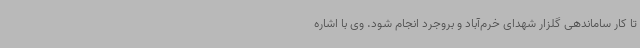
تا کار ساماندهی گلزار شهدای خرم‌آباد و بروجرد انجام شود. وی با اشاره